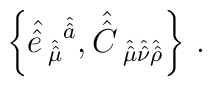
\left\{\hat{\hat{e} \,}_{\hat{\hat{\mu}}}{}^{\hat{\hat{a}}},\hat{\hat{C} \,}_{\hat{\hat{\mu}}\hat{\hat{\nu}}\hat{\hat{\rho}}}\right\}\, .